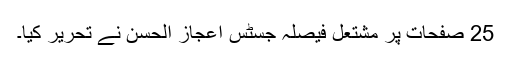
25 صفحات پر مشتعل فیصلہ جسٹس اعجاز الحسن نے تحریر کیا۔